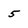
Character: 5